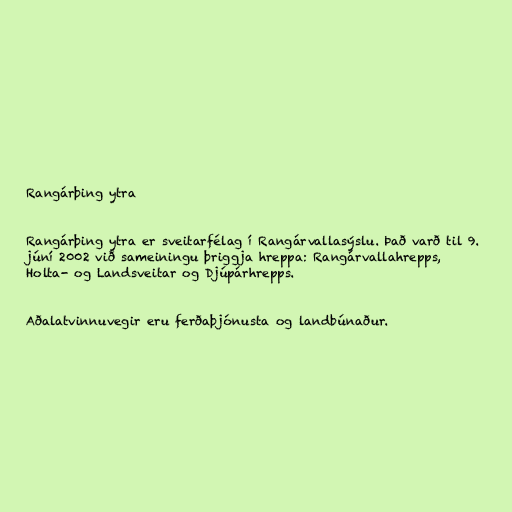
Rangárþing ytra

Rangárþing ytra er sveitarfélag í Rangárvallasýslu. Það varð til 9.
júní 2002 við sameiningu þriggja hreppa: Rangárvallahrepps,
Holta- og Landsveitar og Djúpárhrepps.

Aðalatvinnuvegir eru ferðaþjónusta og landbúnaður.